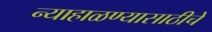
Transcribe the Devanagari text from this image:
न्याहाळण्यासाठीचे